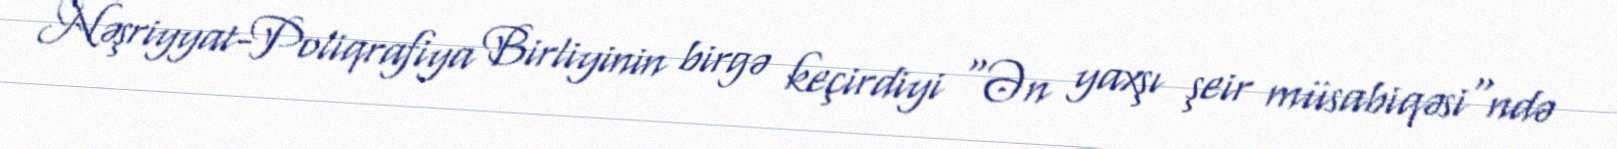
Nəşriyyat-Poliqrafiya Birliyinin birgə keçirdiyi "Ən yaxşı şeir müsabiqəsi"ndə